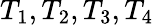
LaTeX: T_{1},T_{2},T_{3},T_{4}